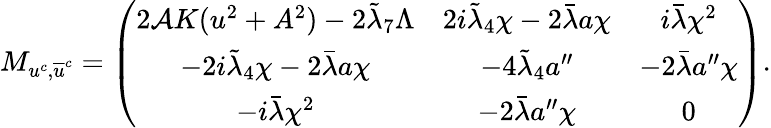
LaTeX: M_{u^{c},\overline{{{u}}}^{c}}=\left(\begin{array}{ccc}{{2{\cal A}K(u^{2}+A^{2})-2\tilde{\lambda}_{7}\Lambda}}&{{2i\tilde{\lambda}_{4}\chi-2\bar{\lambda}a\chi}}&{{i\bar{\lambda}\chi^{2}}}\\ {{-2i\tilde{\lambda}_{4}\chi-2\bar{\lambda}a\chi}}&{{-4\tilde{\lambda}_{4}a^{\prime\prime}}}&{{-2\bar{\lambda}a^{\prime\prime}\chi}}\\ {{-i\bar{\lambda}\chi^{2}}}&{{-2\bar{\lambda}a^{\prime\prime}\chi}}&{{0}}\end{array}\right).